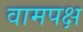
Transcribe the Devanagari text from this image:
वामपक्ष